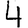
Digit: 4